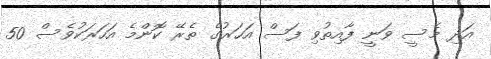
އަދި މެސީ ވަނީ ފާއިތުވި ފަސް އަހަރުގެ ތެރޭ ކޮންމެ އަހަރަކުވެސް 50